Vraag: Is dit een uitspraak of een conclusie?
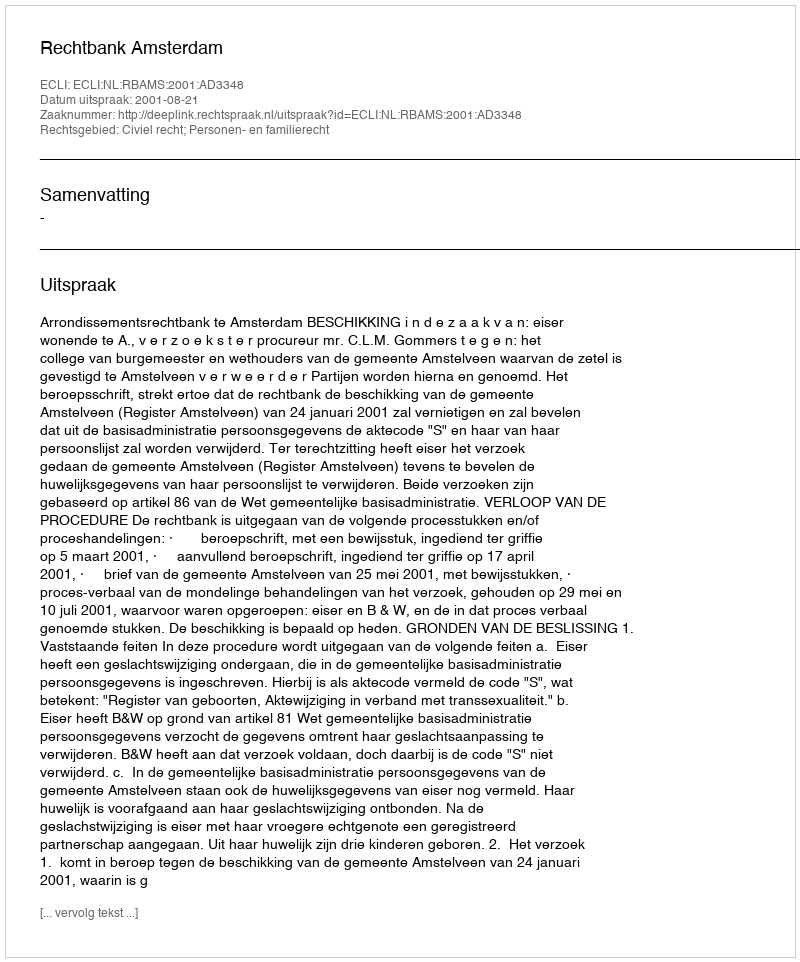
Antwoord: Uitspraak